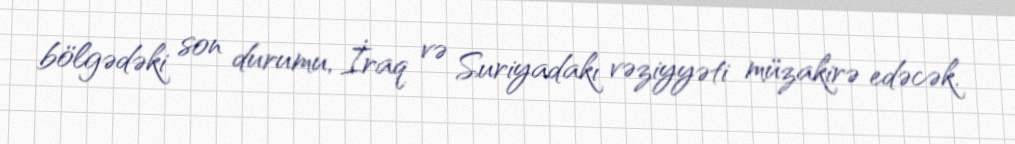
bölgədəki son durumu, İraq və Suriyadakı vəziyyəti müzakirə edəcək.